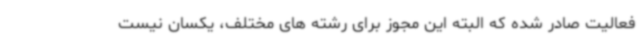
فعالیت صادر شده که البته این مجوز برای رشته های مختلف، یکسان نیست